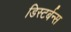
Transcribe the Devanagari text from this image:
डिस्टर्बन्स